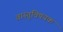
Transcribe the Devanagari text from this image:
वास्तुविषयक